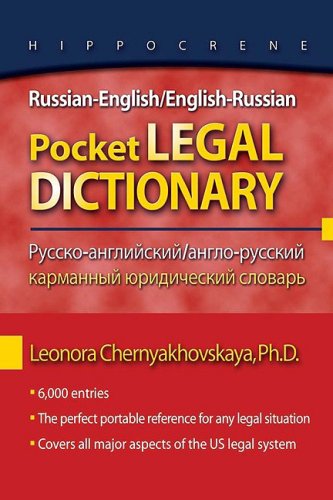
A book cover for Russian-English/English-Russian Pocket Legal Dictionary (Hippocrene Pocket Legal Dictionaries) (Russian Edition); Leonora Chernyakhovskaya; Law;